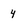
Character: 4